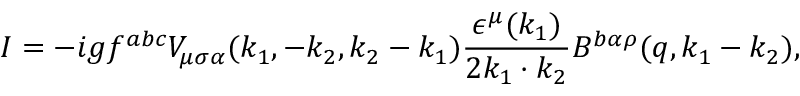
I = - i g f ^ { a b c } V _ { \mu \sigma \alpha } ( k _ { 1 } , - k _ { 2 } , k _ { 2 } - k _ { 1 } ) \frac { \epsilon ^ { \mu } ( k _ { 1 } ) } { 2 k _ { 1 } \cdot k _ { 2 } } B ^ { b \alpha \rho } ( q , k _ { 1 } - k _ { 2 } ) ,